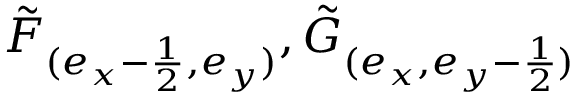
\tilde { F } _ { ( e _ { x } - \frac { 1 } { 2 } , e _ { y } ) } , \tilde { G } _ { ( e _ { x } , { e _ { y } - \frac { 1 } { 2 } } ) }